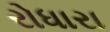
રોધારા